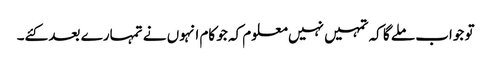
تو جواب ملے گا کہ تمہیں نہیں معلوم کہ جو کام انہوں نے تمہارے بعد کئے۔